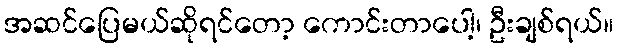
အဆင်ပြေမယ်ဆိုရင်တော့ ကောင်းတာပေါ့၊ ဦးချစ်ရယ်။